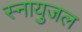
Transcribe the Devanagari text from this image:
स्नायुजल